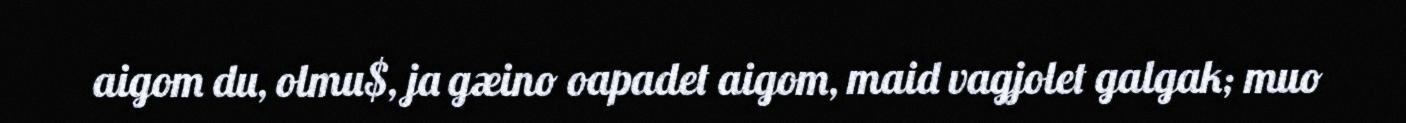
aigom du, olmu$, ja gæino oapadet aigom, maid vagjolet galgak; muo